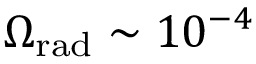
\Omega _ { \mathrm { r a d } } \sim 1 0 ^ { - 4 }